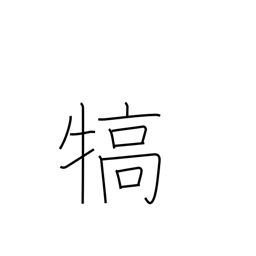
Meaning: reward